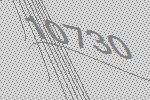
10730